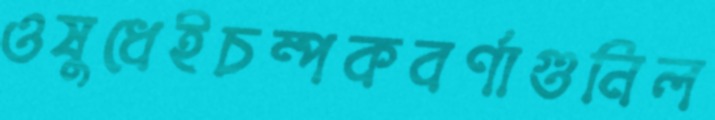
ওষুধেইচম্পকবর্ণাগুনিল